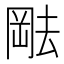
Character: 𫤷